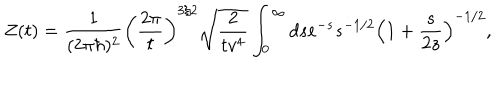
LaTeX: Z ( t ) = { \frac { 1 } { ( 2 \pi \hbar ) ^ { 2 } } } \left( { \frac { 2 \pi } { t } } \right) ^ { 3 / 2 } \sqrt { { \frac { 2 } { t v ^ { 4 } } } } \int _ { 0 } ^ { \infty } d s e ^ { - s } s ^ { - 1 / 2 } \left( 1 + { \frac { s } { 2 z } } \right) ^ { - 1 / 2 } ,